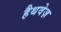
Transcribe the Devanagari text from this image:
हैथवेज़